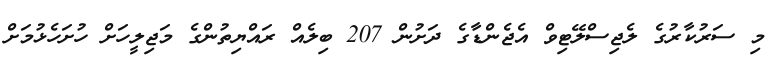
މި ސަރުކާރުގެ ލެޖިސްލޭޓިވް އެޖެންޑާގެ ދަށުން 207 ބިލެއް ރައްޔިތުންގެ މަޖިލީހަށް ހުށަހެޅުމަށް